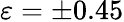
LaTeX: \varepsilon=\pm 0.45